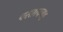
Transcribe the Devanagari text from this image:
परतापगढ़